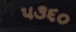
૫૩૬૦